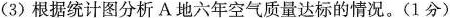
(3)根据统计图分析A.地六年空气质量达标的情况。(1分)